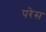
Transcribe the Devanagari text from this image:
परेस